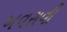
ખવરાવી